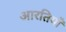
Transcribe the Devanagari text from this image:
आरतियाँ